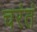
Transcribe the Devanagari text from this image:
चरंतं